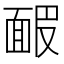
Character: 𩈝